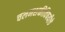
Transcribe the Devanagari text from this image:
चलनशक्तीविषयीचे